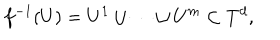
f ^ { - 1 } ( U ) = U ^ { 1 } \cup \cdots \cup U ^ { m } \subset T ^ { d } ,